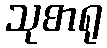
သုစာရု